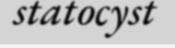
statocyst